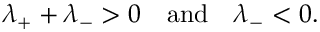
\lambda _ { + } + \lambda _ { - } > 0 \quad \mathrm { a n d } \quad \lambda _ { - } < 0 .